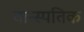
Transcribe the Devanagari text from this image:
वान्स्पतिक